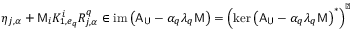
\eta _ { j , \alpha } + \mathsf { M } _ { i } K _ { 1 , e _ { q } } ^ { i } R _ { j , \alpha } ^ { q } \in \mathrm { i m } \left( \mathsf { A } _ { \mathsf { U } } - \alpha _ { q } \lambda _ { q } \mathsf { M } \right) = \left( \mathrm { k e r } \left( \mathsf { A } _ { \mathsf { U } } - \alpha _ { q } \lambda _ { q } \mathsf { M } \right) ^ { * } \right) ^ { \perp }